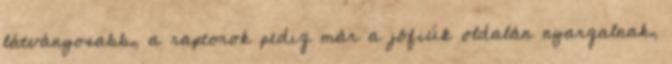
látványosabb, a raptorok pedig már a jófiúk oldalán nyargalnak,